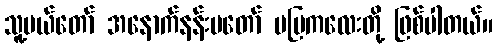
သူ့မယ်တော် အနောက်နန်းမတော် မမြကလေးတို့ ဖြစ်ပါတယ်။